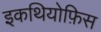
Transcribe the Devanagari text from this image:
इकथियोफ़िस